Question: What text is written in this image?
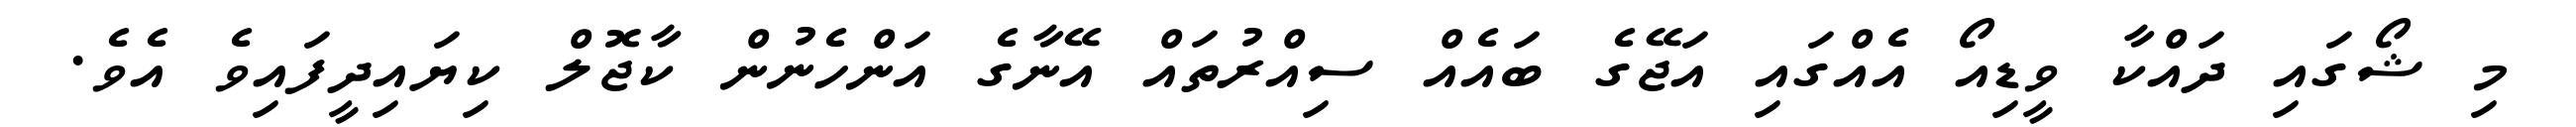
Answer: މި ޝޯގައި ދައްކާ ވީޑިއޯ އެއްގައި އަޖޭގެ ބައެއް ސިއްރުތައް އޭނާގެ އަންހެނުން ކާޖޮލް ކިޔައިދީފައިވެ އެވެ.